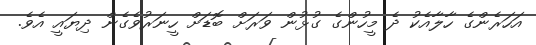
އަހަރެންގެ ހާލާއެކު ދެ މީހުންގެ ގުޅުން ވަރަށް ބޮޑަށް ހީނަރުވެގެން ދިޔައީ އެވެ.